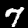
Label: 7